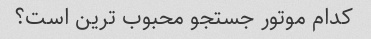
کدام موتور جستجو محبوب ترین است؟